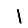
Digit: 1